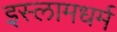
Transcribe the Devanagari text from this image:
इस्लामधर्म